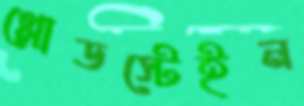
গ্লোডস্টেইন